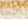
النتنة